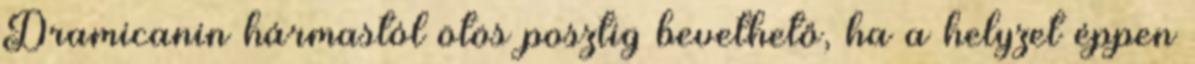
Dramicanin hármastól ötös posztig bevethető, ha a helyzet éppen